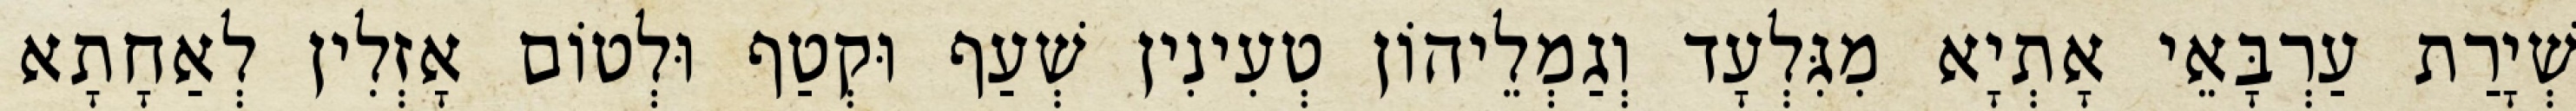
שְׁיָרַת עַרְבָּאֵי אָתְיָא מִגִּלְעָד וְגַמְלֵיהוֹן טְעִינִין שְׁעַף וּקְטַף וּלְטוֹם אָזְלִין לְאַחָתָא